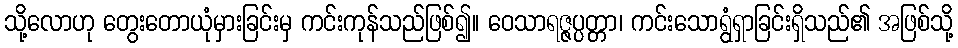
သို့လောဟု တွေးတောယုံမှားခြင်းမှ ကင်းကုန်သည်ဖြစ်၍။ ဝေသာရဇ္ဇပ္ပတ္တာ၊ ကင်းသောရွံရှာခြင်းရှိသည်၏ အဖြစ်သို့